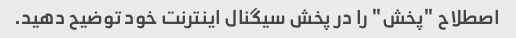
اصطلاح "پخش" را در پخش سیگنال اینترنت خود توضیح دهید.